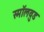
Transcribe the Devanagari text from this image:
स्मॉलवुड